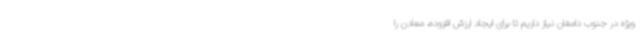
ویژه در جنوب دامغان نیاز داریم تا برای ایجاد ارزش افزوده، معادن را